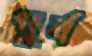
পুর্ব